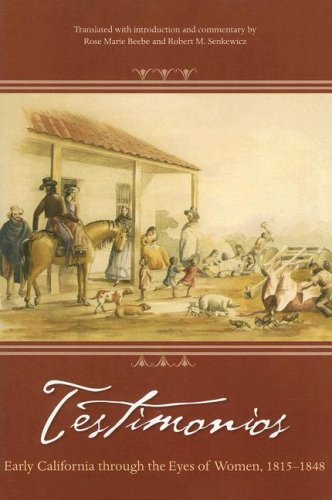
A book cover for Testimonios: Early California through the Eyes of Women, 1815-1848; Rose Marie Beebe; Politics & Social Sciences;